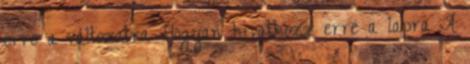
erre a változatra Hogyan hivatkozz erre a lapra A